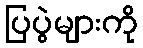
ပြပွဲများကို